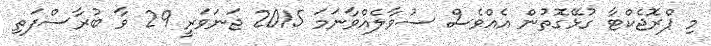
މި ޕްރޮޖެކްޓާ ގުޅޭގޮތުން އެއްވެސް ސުވާލެއްވާނަމަ 2015 ޖަނަވަރީ 29 ވާ ބުރާސްފަތި